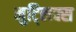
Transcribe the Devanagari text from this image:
मुट्लिक्स